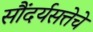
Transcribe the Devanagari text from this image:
सौंदर्यसत्तेचे